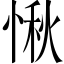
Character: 愀